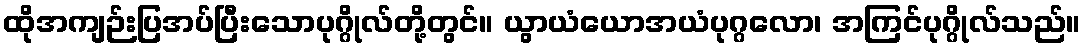
ထိုအကျဉ်းပြအပ်ပြီးသောပုဂ္ဂိုလ်တို့တွင်။ ယွာယံယောအယံပုဂ္ဂလော၊ အကြင်ပုဂ္ဂိုလ်သည်။